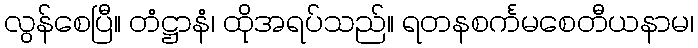
လွန်စေပြီ။ တံဋ္ဌာနံ၊ ထိုအရပ်သည်။ ရတနစင်္ကမစေတီယနာမ၊